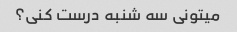
میتونی سه شنبه درست کنی؟